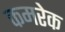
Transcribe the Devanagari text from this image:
कमरेक